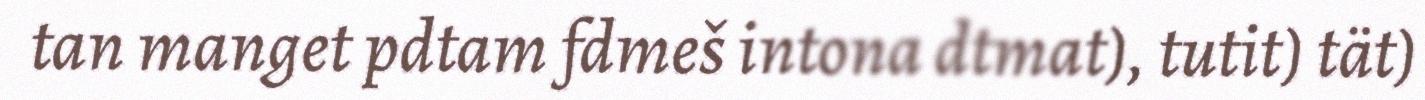
tan manget pdtam fdmeš intona dtmat), tutit) tät)